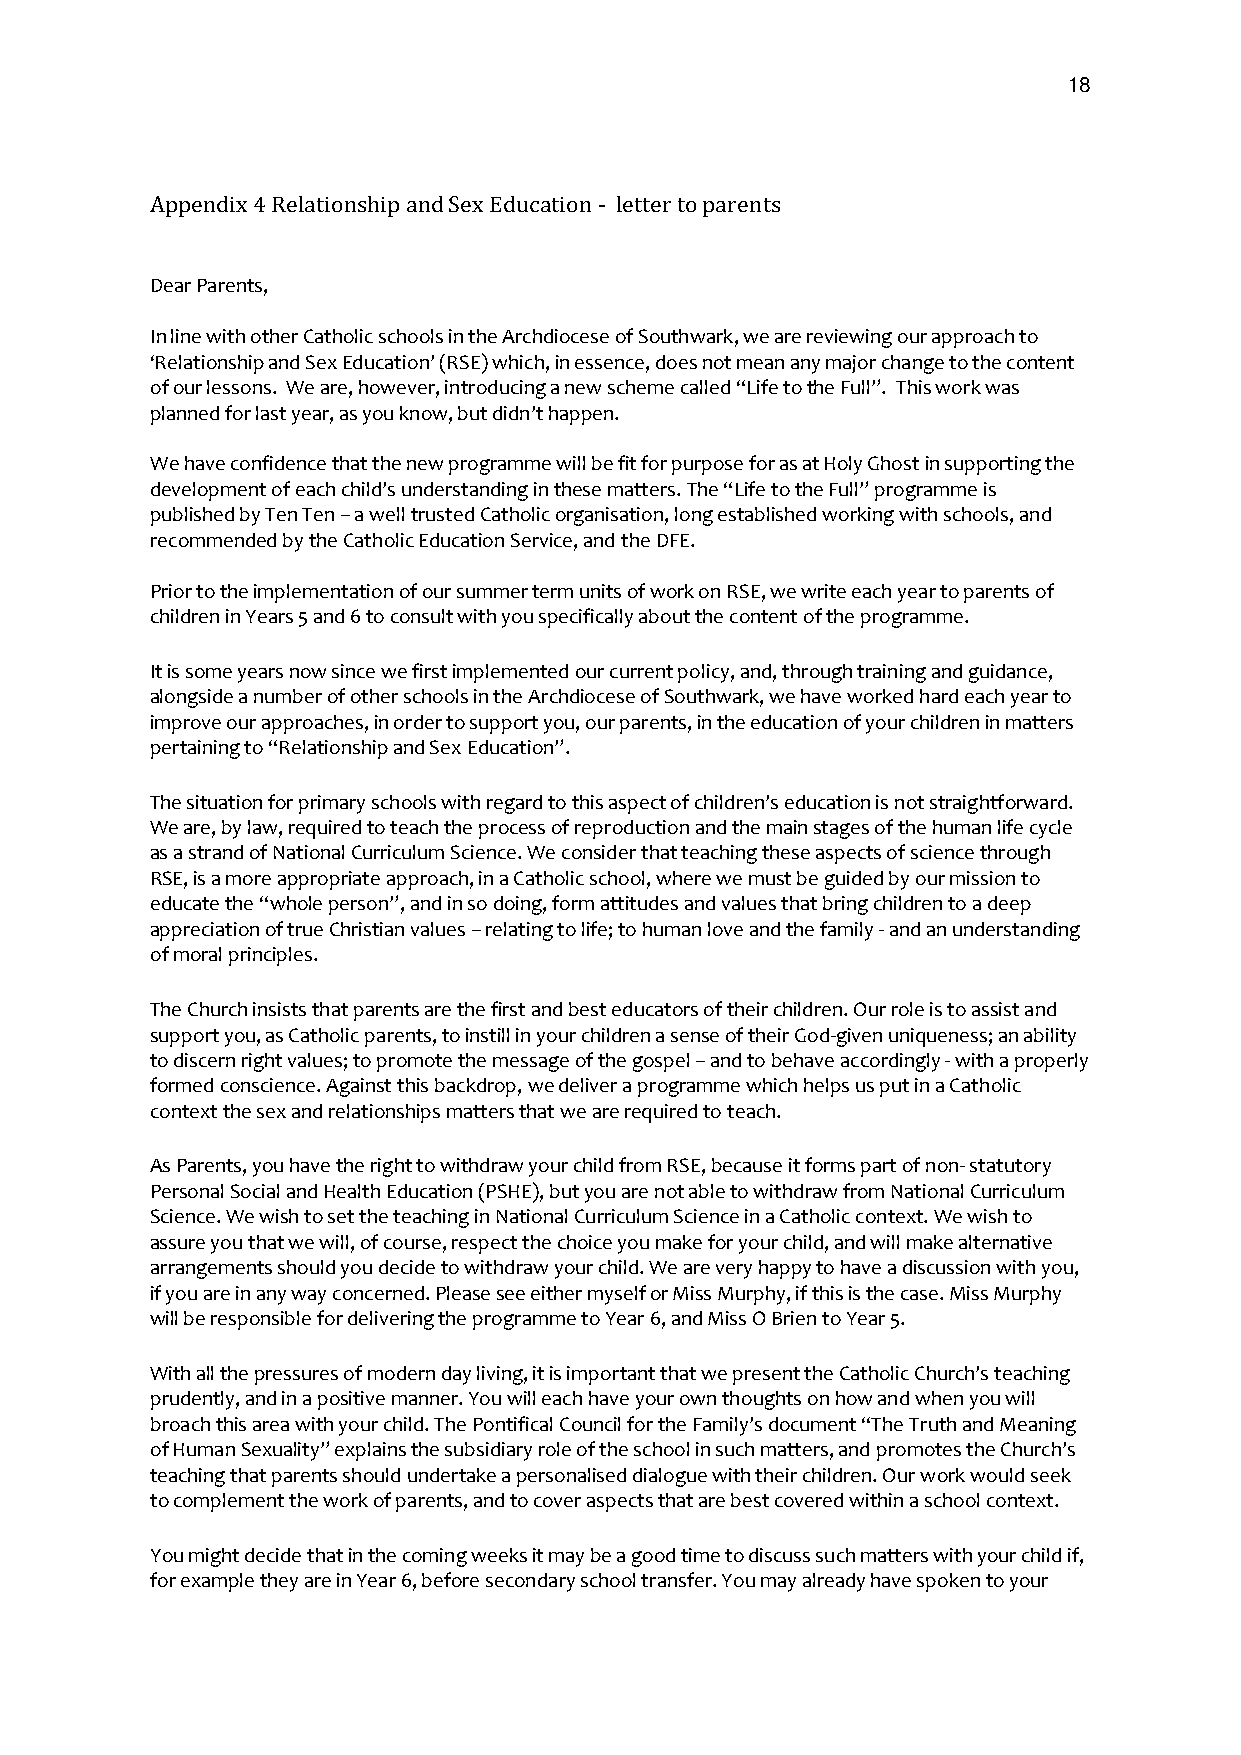
18
 Appendix 4 Relationship and Sex Education - letter to parents
 Dear Parents,
 In line with other Catholic schools in the Archdiocese of Southwark, we are reviewing our approach to
 ‘Relationship and Sex Education’ (RSE) which, in essence, does not mean any major change to the content
 of our lessons. We are, however, introducing a new scheme called “Life to the Full”. This work was
 planned for last year, as you know, but didn’t happen.
 We have confidence that the new programme will be fit for purpose for as at Holy Ghost in supporting the
 development of each child’s understanding in these matters. The “Life to the Full” programme is
 published by Ten Ten – a well trusted Catholic organisation, long established working with schools, and
 recommended by the Catholic Education Service, and the DFE.
 Prior to the implementation of our summer term units of work on RSE, we write each year to parents of
 children in Years 5 and 6 to consult with you specifically about the content of the programme.
 It is some years now since we first implemented our current policy, and, through training and guidance,
 alongside a number of other schools in the Archdiocese of Southwark, we have worked hard each year to
 improve our approaches, in order to support you, our parents, in the education of your children in matters
 pertaining to “Relationship and Sex Education”.
 The situation for primary schools with regard to this aspect of children’s education is not straightforward.
 We are, by law, required to teach the process of reproduction and the main stages of the human life cycle
 as a strand of National Curriculum Science. We consider that teaching these aspects of science through
 RSE, is a more appropriate approach, in a Catholic school, where we must be guided by our mission to
 educate the “whole person”, and in so doing, form attitudes and values that bring children to a deep
 appreciation of true Christian values – relating to life; to human love and the family - and an understanding
 of moral principles.
 The Church insists that parents are the first and best educators of their children. Our role is to assist and
 support you, as Catholic parents, to instill in your children a sense of their God-given uniqueness; an ability
 to discern right values; to promote the message of the gospel – and to behave accordingly - with a properly
 formed conscience. Against this backdrop, we deliver a programme which helps us put in a Catholic
 context the sex and relationships matters that we are required to teach.
 As Parents, you have the right to withdraw your child from RSE, because it forms part of non- statutory
 Personal Social and Health Education (PSHE), but you are not able to withdraw from National Curriculum
 Science. We wish to set the teaching in National Curriculum Science in a Catholic context. We wish to
 assure you that we will, of course, respect the choice you make for your child, and will make alternative
 arrangements should you decide to withdraw your child. We are very happy to have a discussion with you,
 if you are in any way concerned. Please see either myself or Miss Murphy, if this is the case. Miss Murphy
 will be responsible for delivering the programme to Year 6, and Miss O Brien to Year 5.
 With all the pressures of modern day living, it is important that we present the Catholic Church’s teaching
 prudently, and in a positive manner. You will each have your own thoughts on how and when you will
 broach this area with your child. The Pontifical Council for the Family’s document “The Truth and Meaning
 of Human Sexuality” explains the subsidiary role of the school in such matters, and promotes the Church’s
 teaching that parents should undertake a personalised dialogue with their children. Our work would seek
 to complement the work of parents, and to cover aspects that are best covered within a school context.
 You might decide that in the coming weeks it may be a good time to discuss such matters with your child if,
 for example they are in Year 6, before secondary school transfer. You may already have spoken to your